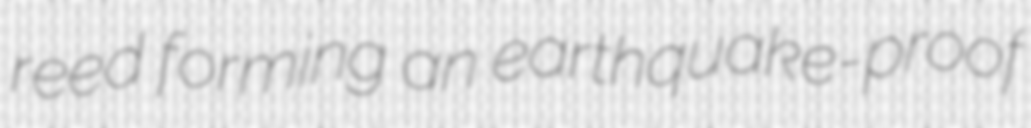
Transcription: reed forming an earthquake-proof